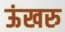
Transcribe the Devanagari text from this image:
ऊंखरु